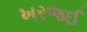
ખરજઈ